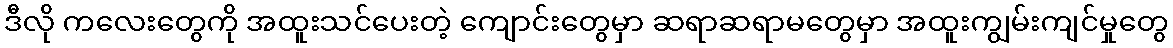
ဒီလို ကလေးတွေကို အထူးသင်ပေးတဲ့ ကျောင်းတွေမှာ ဆရာဆရာမတွေမှာ အထူးကျွမ်းကျင်မှုတွေ